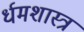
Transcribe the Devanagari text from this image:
र्धमशास्त्र